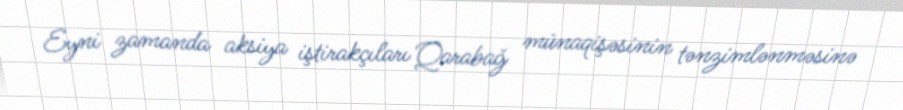
Eyni zamanda aksiya iştirakçıları Qarabağ münaqişəsinin tənzimlənməsinə